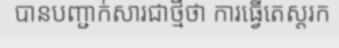
បានបញ្ជាក់សារជាថ្មីថា ការធ្វើតេស្តរក